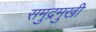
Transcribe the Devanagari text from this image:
समुद्रमुखी